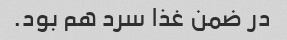
در ضمن غذا سرد هم بود.